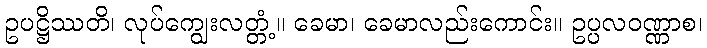
ဥပဋ္ဌိဿတိ၊ လုပ်ကျွေးလတ္တံ့။ ခေမာ၊ ခေမာလည်းကောင်း။ ဥပ္ပလဝဏ္ဏာစ၊